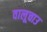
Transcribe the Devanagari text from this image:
वालूचाउ